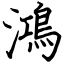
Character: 鴻